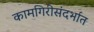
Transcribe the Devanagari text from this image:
कामगिरीसंदर्भात